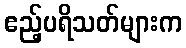
ဧည့်ပရိသတ်များက